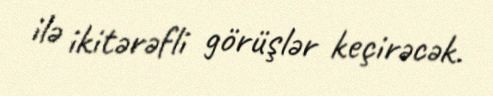
ilə ikitərəfli görüşlər keçirəcək.